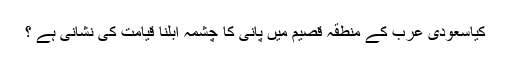
کیاسعودی عرب کے منطقہ قصیم میں پانی کا چشمہ ابلنا قیامت کی نشانی ہے ؟